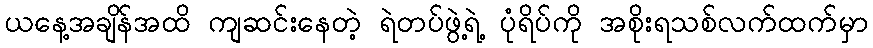
ယနေ့အချိန်အထိ ကျဆင်းနေတဲ့ ရဲတပ်ဖွဲ့ရဲ့ ပုံရိပ်ကို အစိုးရသစ်လက်ထက်မှာ